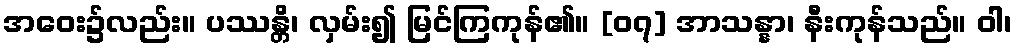
အဝေး၌လည်း။ ပဿန္တိ၊ လှမ်း၍ မြင်ကြကုန်၏။ [၀၇] အာသန္နာ၊ နီးကုန်သည်။ ဝါ၊